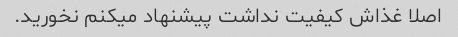
اصلا غذاش کیفیت نداشت پیشنهاد میکنم نخورید.